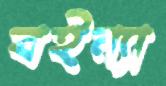
বইন্যা